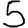
Digit: 5